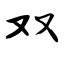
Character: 双